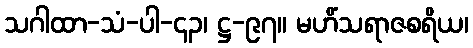
သဂါထာ-သံ-ပါ-၄၃၊ ဋ္ဌ-၉၇။ မဟိံသရာဇစရိယ၊